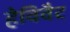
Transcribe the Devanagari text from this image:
हेविवैट